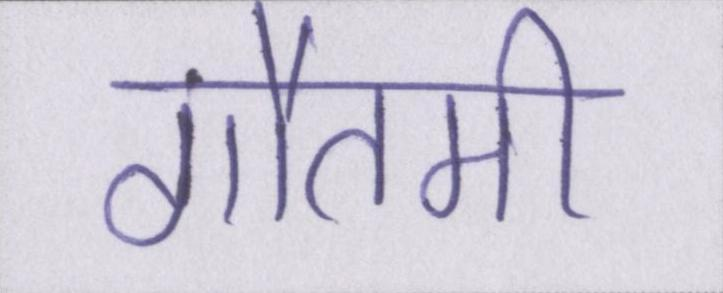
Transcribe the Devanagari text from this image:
गौतमी